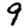
Digit: 9